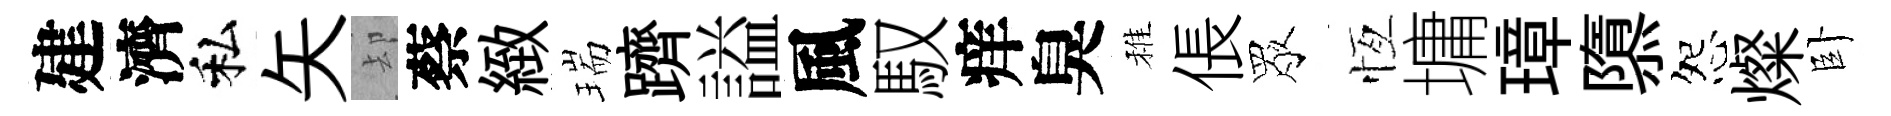
建濟私矢却蔡緻瑞躋謚風馭痒臭稚倀眾恆墉璋隳怨燦卧